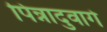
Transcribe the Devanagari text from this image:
पिन्नादुवागे